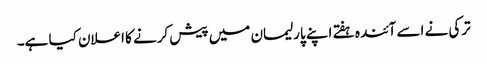
ترکی نے اسے آئندہ ہفتے اپنے پارلیمان میں پیش کرنے کا اعلان کیا ہے۔